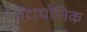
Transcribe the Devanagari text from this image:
पेंटाथोनिक